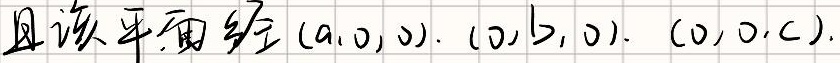
且该平面经\((a,0,0),(0,b,0),(0,0,c)\)。